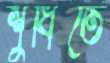
শুধিতে